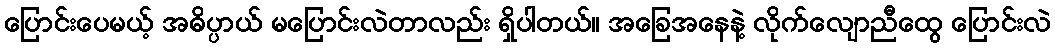
ပြောင်းပေမယ့် အဓိပ္ပာယ် မပြောင်းလဲတာလည်း ရှိပါတယ်။ အခြေအနေနဲ့ လိုက်လျောညီထွေ ပြောင်းလဲ